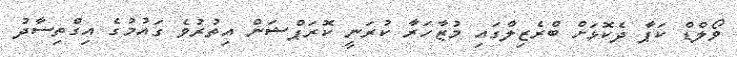
ވޯލްޑް ކަޕާ ދެކޮޅަށް ބްރެޒިލްގައި މުޒާހަރާ ކުރަނީ ކޮރަޕްޝަން އިތުރުވެ ގައުމުގެ އިގްތިސާދު